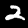
Digit: 2